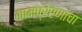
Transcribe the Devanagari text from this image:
कामप्रेरणांचा